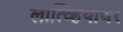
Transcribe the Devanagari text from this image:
लात्व्हियावर